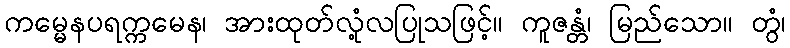
ကမ္မေနပရက္ကမေန၊ အားထုတ်လုံ့လပြုသဖြင့်။ ကူဇန္တံ၊ မြည်သော။ တွံ၊